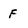
Character: F